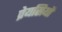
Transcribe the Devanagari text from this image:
प्रेयसियों